Vaccination in Bombay 1924-1928 - 1924-1928
Year: 1924
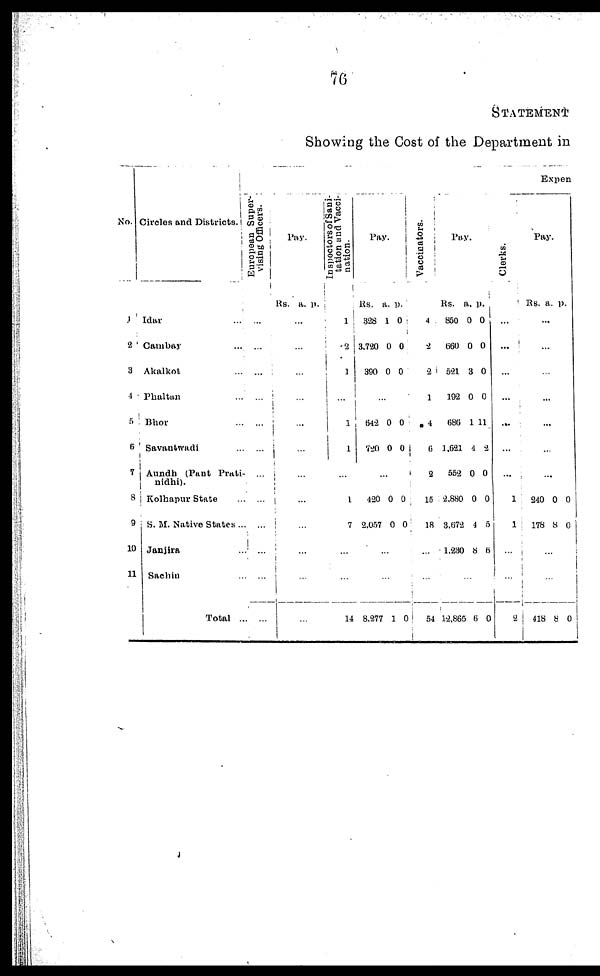
76
STATEMENT
Showing the Cost of the Department in
No.
1
2
3
1
5
6
7
8
9
10
11
Circles and Districts.
Idar ...
Cambay ...
Akalkot ...
Phaltan
Bhor
Savantwadi
Aundh (Pant Prati¬
nidhi).
Kolhapur State ...
S. M. Native States ..
Janjira ...
Sachin ...
Total ..
Expen
European Super-
vising Officers.
...
...
...
...
...
...
...
...
...
...
...
...
Pay.
Rs. a. p.
...
...
...
...
...
...
...
...
...
...
...
...
Inspectors of Sani-
tation and Vacci-
nation.
l
2
...
...
1
1
...
1
7
...
...
14
Pay.
Rs.
328
3,720
390
a.
1
0
0
p.
0
0
0
...
642
750
0
0
0
0
...
420
2,057
0
0
0
0
...
...
8,277 1 0
Vaccinators.
4
2
2
1
4
6
2
15
18
...
...
54
Pay.
Rs
850
660
521
192
686
1,621
552
2,880
3,672
1,230
a.
0
0
3
0
1
4
0
0
4
8
p.
0
0
0
0
11
2
0
0
5
6
...
12,860 6 0
Clerks.
...
...
...
...
...
...
...
1
1
...
...
2
Pay.
Rs. a. p.
...
...
...
...
...
...
240
178
0
8
0
0
...
...
418 8 0